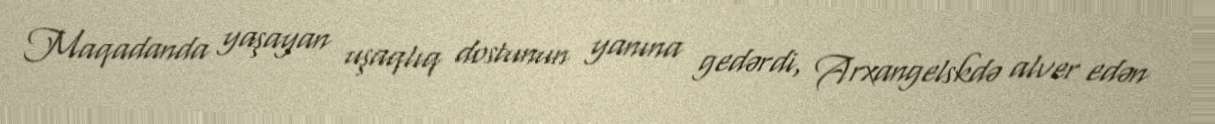
Maqadanda yaşayan uşaqlıq dostunun yanına gedərdi, Arxangelskdə alver edən